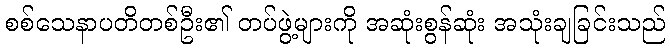
စစ်သေနာပတိတစ်ဦး၏ တပ်ဖွဲ့များကို အဆုံးစွန်ဆုံး အသုံးချခြင်းသည်